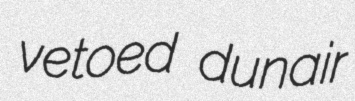
vetoed dunair